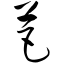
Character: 芭